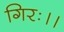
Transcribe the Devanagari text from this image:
गिरः।।